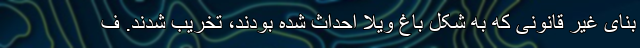
بنای غیر قانونی که به شکل باغ ویلا احداث شده بودند، تخریب شدند. ف